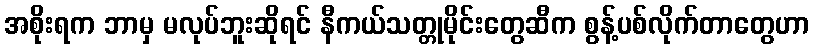
အစိုးရက ဘာမှ မလုပ်ဘူးဆိုရင် နီကယ်သတ္တုမိုင်းတွေဆီက စွန့်ပစ်လိုက်တာတွေဟာ